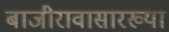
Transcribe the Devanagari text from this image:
बाजीरावासारख्या